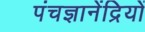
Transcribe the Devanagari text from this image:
पंचज्ञानेंद्रियों